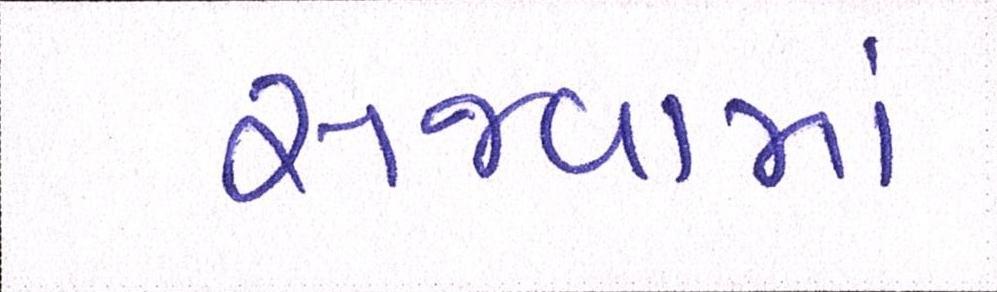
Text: સજવામાં